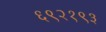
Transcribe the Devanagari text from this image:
६९२१९३